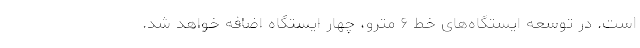
است. در توسعه ایستگاه‌های خط ۶ مترو، چهار ایستگاه اضافه خواهد شد.